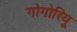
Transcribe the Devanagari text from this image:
गोगोरियू